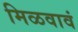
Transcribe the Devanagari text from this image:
मिळवावं